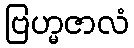
ဗြဟ္မဇာလံ